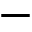
-